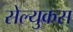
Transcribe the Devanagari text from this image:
सेल्‍युकस